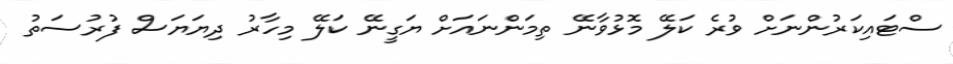
ސްޓައިކަރުންނަށް ވުރެ ކަލޭ މޮޅުވާނޭ ތިމަންނައަށް ޔަގީނޭ ކަލޭ މިހާރު ދިޔަޔަސް ފުރުސަތު